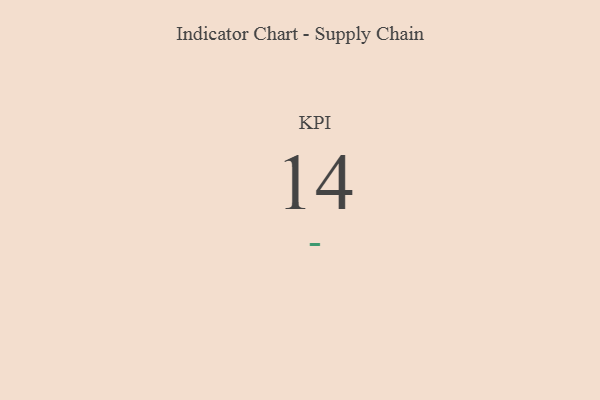
{"axis": {"x": "KPI", "y": "Value"}, "legend": [""], "data": [{"x": "KPI", "y": 14, "type": ""}]}